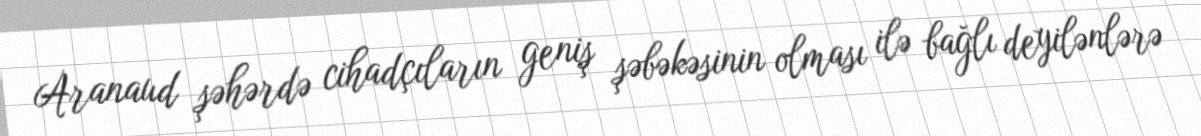
Aranaud şəhərdə cihadçıların geniş şəbəkəsinin olması ilə bağlı deyilənlərə